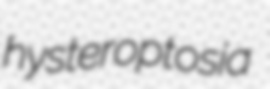
hysteroptosia